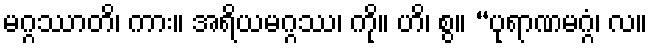
မဂ္ဂဿာတိ၊ ကား။ အရိယမဂ္ဂဿ၊ ကို။ ဟိ၊ စွ။ “ပုရာဏမဂ္ဂံ၊ လ။